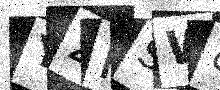
Text: YZPSW8